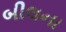
બીલના